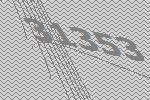
31353